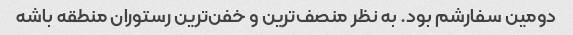
دومین سفارشم بود. به نظر منصف‌ترین و خفن‌ترین رستوران منطقه باشه